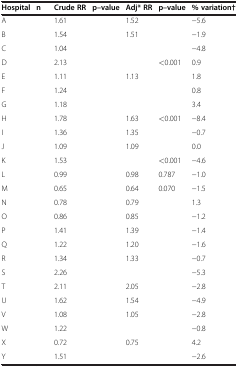
<table><thead><tr><td><b>Hospital</b></td><td><b>n</b></td><td><b>Crude RR</b></td><td><b>p–value</b></td><td><b>Adj* RR</b></td><td><b>p–value</b></td><td><b>% variation†</b></td></tr></thead><tbody><tr><td>A</td><td>[EMPTY_CELL]</td><td>1.61</td><td>[EMPTY_CELL]</td><td>1.52</td><td>[EMPTY_CELL]</td><td>−5.6</td></tr><tr><td>B</td><td>[EMPTY_CELL]</td><td>1.54</td><td>[EMPTY_CELL]</td><td>1.51</td><td>[EMPTY_CELL]</td><td>−1.9</td></tr><tr><td>C</td><td>[EMPTY_CELL]</td><td>1.04</td><td>[EMPTY_CELL]</td><td>[EMPTY_CELL]</td><td>[EMPTY_CELL]</td><td>−4.8</td></tr><tr><td>D</td><td>[EMPTY_CELL]</td><td>2.13</td><td>[EMPTY_CELL]</td><td>[EMPTY_CELL]</td><td>&lt;0.001</td><td>0.9</td></tr><tr><td>E</td><td>[EMPTY_CELL]</td><td>1.11</td><td>[EMPTY_CELL]</td><td>1.13</td><td>[EMPTY_CELL]</td><td>1.8</td></tr><tr><td>F</td><td>[EMPTY_CELL]</td><td>1.24</td><td>[EMPTY_CELL]</td><td>[EMPTY_CELL]</td><td>[EMPTY_CELL]</td><td>0.8</td></tr><tr><td>G</td><td>[EMPTY_CELL]</td><td>1.18</td><td>[EMPTY_CELL]</td><td>[EMPTY_CELL]</td><td>[EMPTY_CELL]</td><td>3.4</td></tr><tr><td>H</td><td>[EMPTY_CELL]</td><td>1.78</td><td>[EMPTY_CELL]</td><td>1.63</td><td>&lt;0.001</td><td>−8.4</td></tr><tr><td>I</td><td>[EMPTY_CELL]</td><td>1.36</td><td>[EMPTY_CELL]</td><td>1.35</td><td>[EMPTY_CELL]</td><td>−0.7</td></tr><tr><td>J</td><td>[EMPTY_CELL]</td><td>1.09</td><td>[EMPTY_CELL]</td><td>1.09</td><td>[EMPTY_CELL]</td><td>0.0</td></tr><tr><td>K</td><td>[EMPTY_CELL]</td><td>1.53</td><td>[EMPTY_CELL]</td><td>[EMPTY_CELL]</td><td>&lt;0.001</td><td>−4.6</td></tr><tr><td>L</td><td>[EMPTY_CELL]</td><td>0.99</td><td>[EMPTY_CELL]</td><td>0.98</td><td>0.787</td><td>−1.0</td></tr><tr><td>M</td><td>[EMPTY_CELL]</td><td>0.65</td><td>[EMPTY_CELL]</td><td>0.64</td><td>0.070</td><td>−1.5</td></tr><tr><td>N</td><td>[EMPTY_CELL]</td><td>0.78</td><td>[EMPTY_CELL]</td><td>0.79</td><td>[EMPTY_CELL]</td><td>1.3</td></tr><tr><td>O</td><td>[EMPTY_CELL]</td><td>0.86</td><td>[EMPTY_CELL]</td><td>0.85</td><td>[EMPTY_CELL]</td><td>−1.2</td></tr><tr><td>P</td><td>[EMPTY_CELL]</td><td>1.41</td><td>[EMPTY_CELL]</td><td>1.39</td><td>[EMPTY_CELL]</td><td>−1.4</td></tr><tr><td>Q</td><td>[EMPTY_CELL]</td><td>1.22</td><td>[EMPTY_CELL]</td><td>1.20</td><td>[EMPTY_CELL]</td><td>−1.6</td></tr><tr><td>R</td><td>[EMPTY_CELL]</td><td>1.34</td><td>[EMPTY_CELL]</td><td>1.33</td><td>[EMPTY_CELL]</td><td>−0.7</td></tr><tr><td>S</td><td>[EMPTY_CELL]</td><td>2.26</td><td>[EMPTY_CELL]</td><td>[EMPTY_CELL]</td><td>[EMPTY_CELL]</td><td>−5.3</td></tr><tr><td>T</td><td>[EMPTY_CELL]</td><td>2.11</td><td>[EMPTY_CELL]</td><td>2.05</td><td>[EMPTY_CELL]</td><td>−2.8</td></tr><tr><td>U</td><td>[EMPTY_CELL]</td><td>1.62</td><td>[EMPTY_CELL]</td><td>1.54</td><td>[EMPTY_CELL]</td><td>−4.9</td></tr><tr><td>V</td><td>[EMPTY_CELL]</td><td>1.08</td><td>[EMPTY_CELL]</td><td>1.05</td><td>[EMPTY_CELL]</td><td>−2.8</td></tr><tr><td>W</td><td>[EMPTY_CELL]</td><td>1.22</td><td>[EMPTY_CELL]</td><td>[EMPTY_CELL]</td><td>[EMPTY_CELL]</td><td>−0.8</td></tr><tr><td>X</td><td>[EMPTY_CELL]</td><td>0.72</td><td>[EMPTY_CELL]</td><td>0.75</td><td>[EMPTY_CELL]</td><td>4.2</td></tr><tr><td>Y</td><td>[EMPTY_CELL]</td><td>1.51</td><td>[EMPTY_CELL]</td><td>[EMPTY_CELL]</td><td>[EMPTY_CELL]</td><td>−2.6</td></tr></tbody></table>